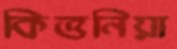
কিত্তনিয়া